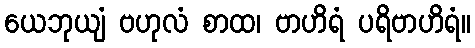
ယေဘုယျံ ဗဟုလံ စာထ၊ ဗာဟိရံ ပရိဗာဟိရံ။